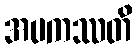
အပကဿတိ